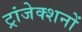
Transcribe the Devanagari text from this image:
ट्रांजेक्शनों